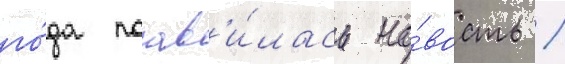
го́да поав'и́лась но́вость /